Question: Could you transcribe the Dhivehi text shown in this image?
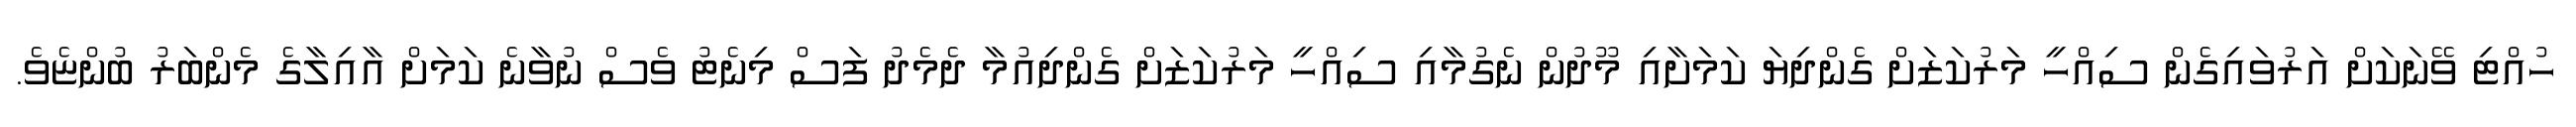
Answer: ހުއްޓި ވޭނަކަށް އަރުވައިގެން ސިއްހީ މަރުކަޒަށް ގެންދިޔަ ކަމަށާއި މޫދުން ނެގުމާއި ސިއްހީ މަރުކަޒަށް ގެންދިއުމާ ދެމެދު ފަސް މިނެޓު ވެސް ނުވާނެ ކަމަށް އާއިލާގެ މެންބަރު ބުންޏެވެ.